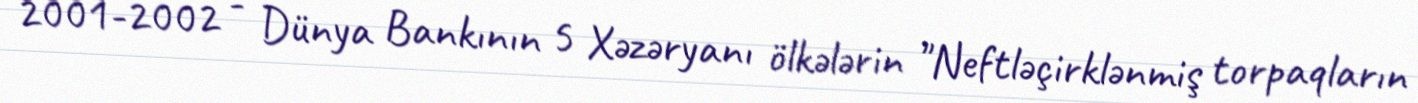
2001-2002 - Dünya Bankının 5 Xəzəryanı ölkələrin "Neftləçirklənmiş torpaqların